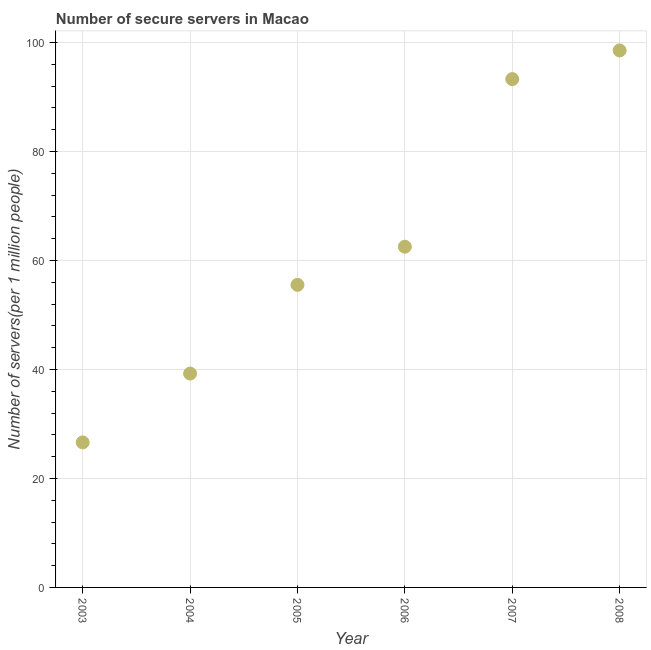
| Year | Secure Internet servers |
 | --- | --- |
 | 2003 | 26.6 |
 | 2004 | 39.3 |
 | 2005 | 55.5 |
 | 2006 | 62.5 |
 | 2007 | 93.3 |
 | 2008 | 98.6 |